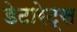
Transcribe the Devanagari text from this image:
डेटारेट्स